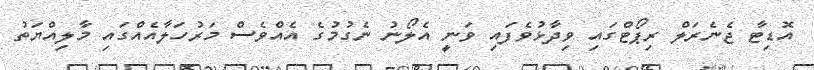
އޮޑިޓާ ޖެނެރަލް ރިޕޯޓްގައި ވިދާޅުވެފައި ވަނީ އެލޯނު ނެގުމުގެ އެއްވެސް މަރުހަލާއެއްގައި މާލިއްޔަތު